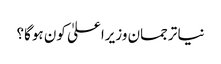
نیا ترجمان وزیراعلیٰ کون ہوگا؟